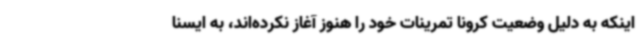
اینکه به دلیل وضعیت کرونا تمرینات خود را هنوز آغاز نکرده‌اند، به ایسنا